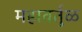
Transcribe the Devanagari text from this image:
महावर्तुळ